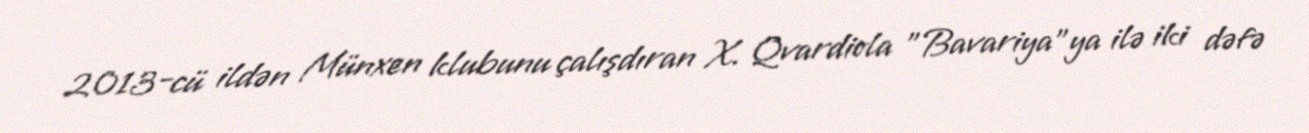
2013-cü ildən Münxen klubunu çalışdıran X. Qvardiola "Bavariya"ya ilə iki dəfə